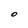
Character: O